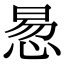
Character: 惖